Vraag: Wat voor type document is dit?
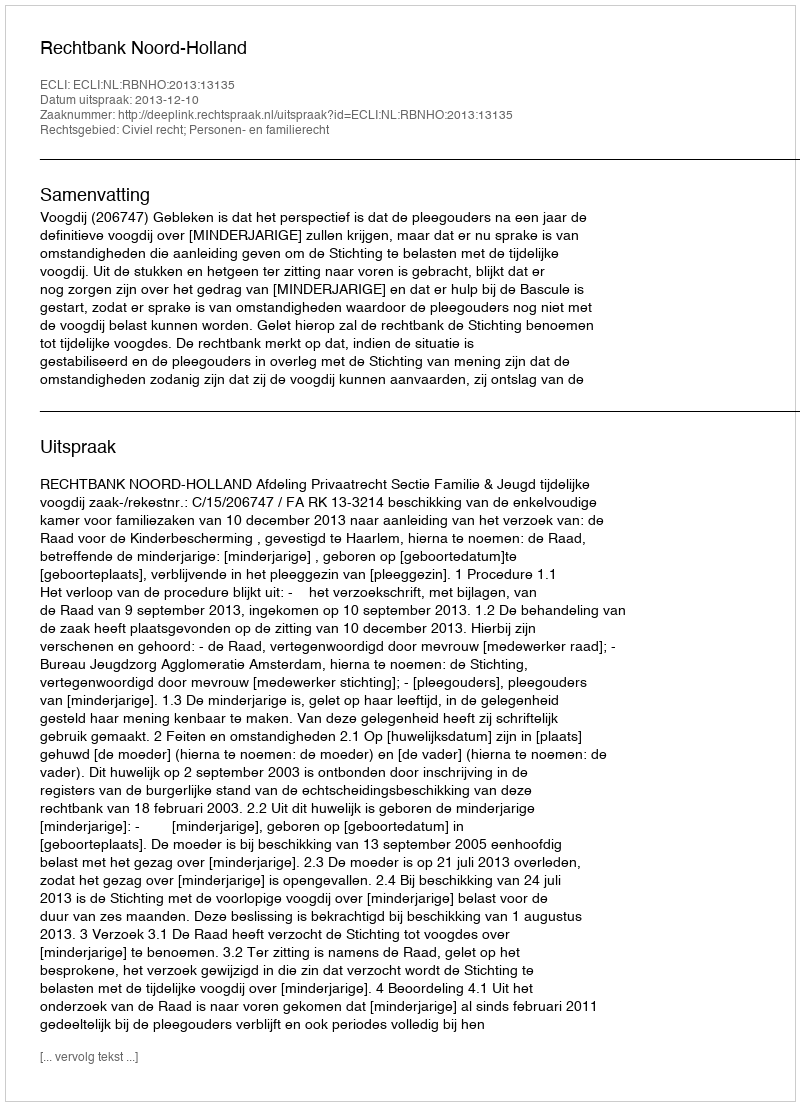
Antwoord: Uitspraak